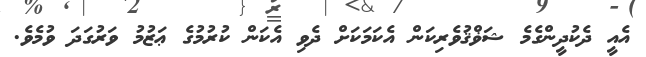
އެއީ ދެކުދީންގެމެ ޝަޥްޤުވެރިކަން އެކަމަކަށް ދެވި އެކަން ކުރުމުގެ ޢަޒުމު ވަރުގަދަ ވުމެވެ.